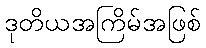
ဒုတိယအကြိမ်အဖြစ်